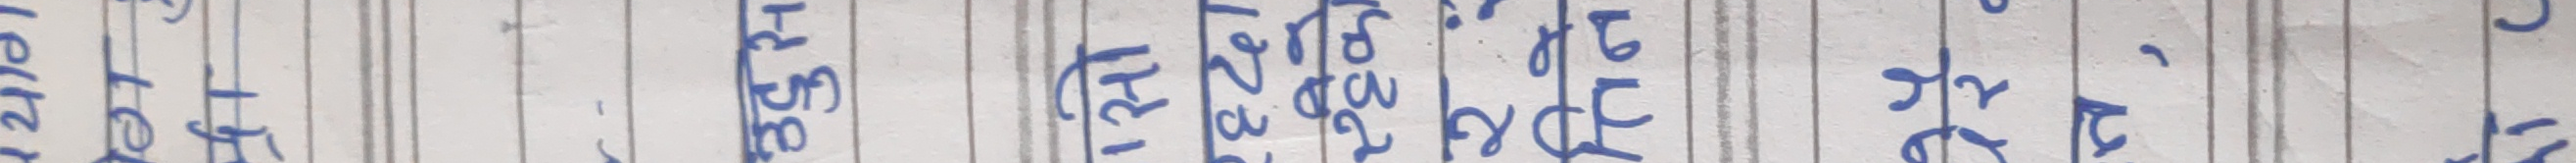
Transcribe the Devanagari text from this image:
लेटेर १ हेर्नुहोस् ३४५ २३४१ २३४५ २४६ के छ १२३४ ५६७ ८९